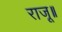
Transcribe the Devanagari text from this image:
राजू॥